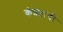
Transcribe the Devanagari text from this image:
कंप्रतांची